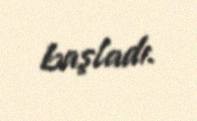
başladı.